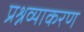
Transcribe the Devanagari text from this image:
प्रश्नव्याकरण